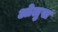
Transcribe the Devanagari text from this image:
ओलुस